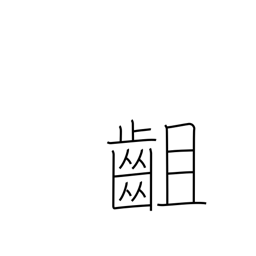
Meaning: disagree